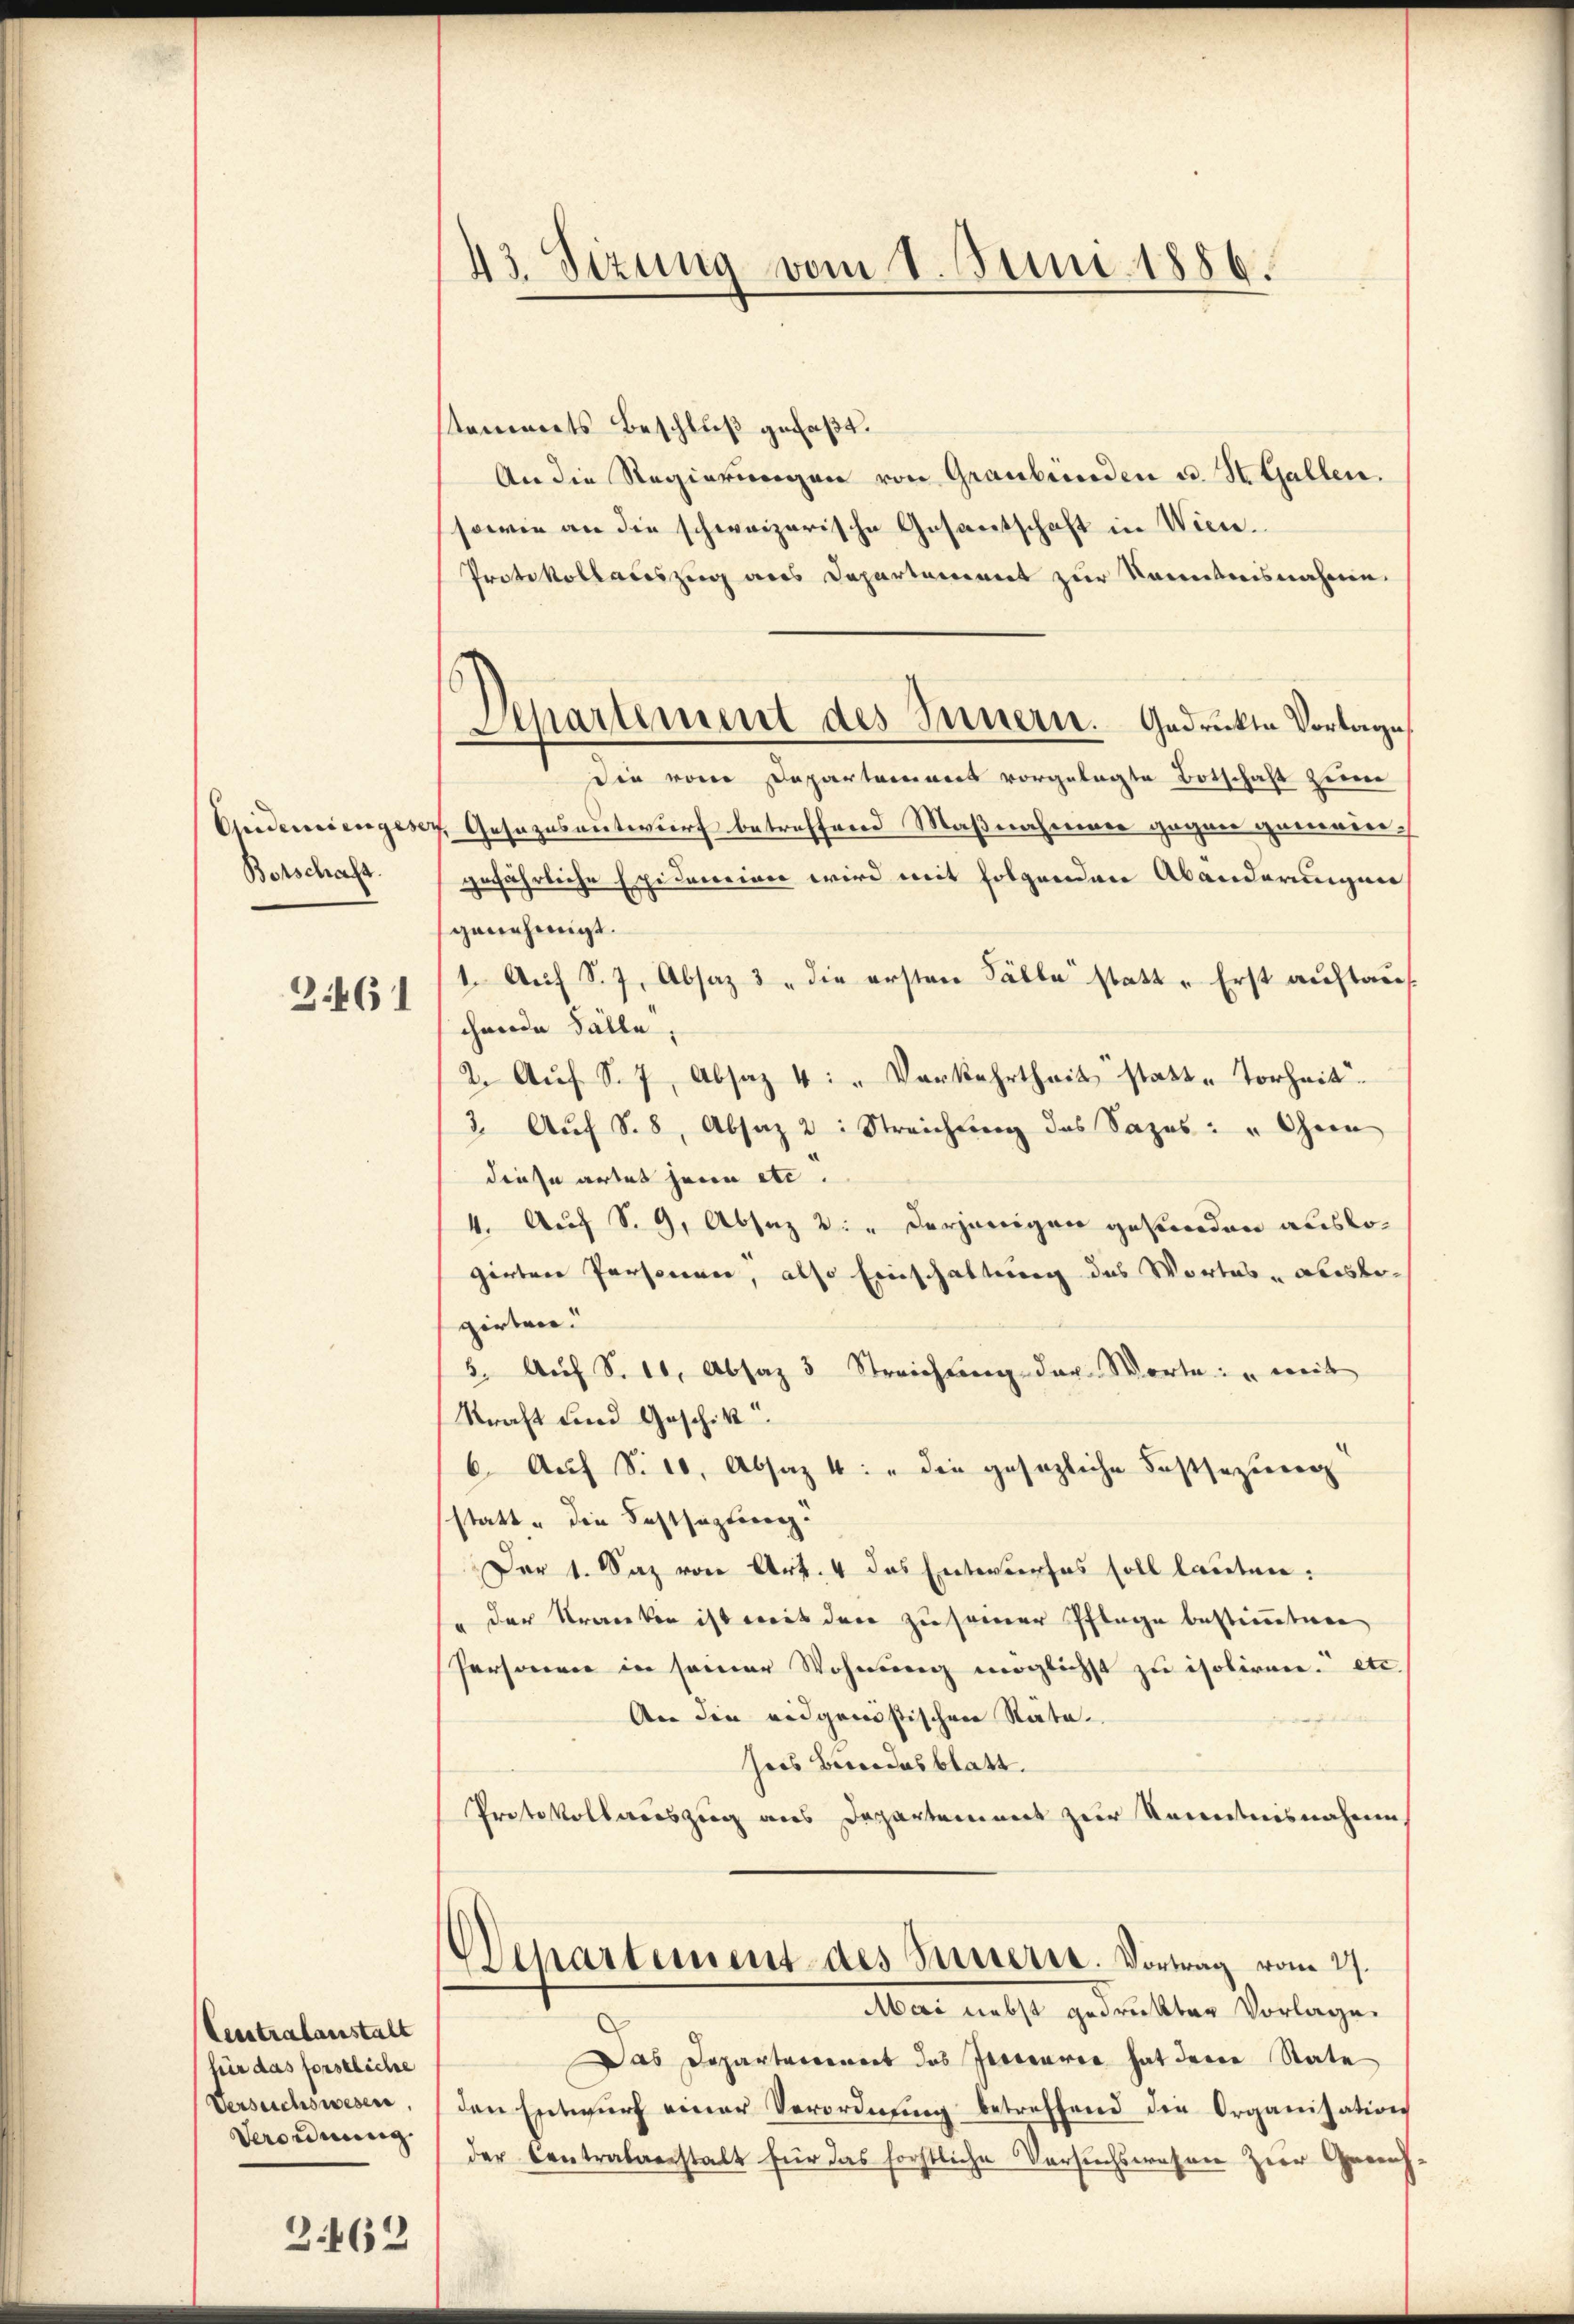
Botschaft.
3.461

Cesstralanstalt
für das forstliche
Verordnung

3462

43. Sizung vom 8. Juni 1886.

Separtement des Innern. Gedruckte Vortage

stammets Beschluß gefaßt.
An die Regierungen von Graubünden u. St. Gallen.
sowie an die schweizerische Gesantschaft in Wien.
Protokollaceszug aus Departement zur Kenntnisnahme.
Die vom Departement vorgelegte Botschaft zum
Quideriengesez, Gesezesentwurf betreffend Maßnaheimer gegen generen-
gefährliche Epidemeine wird mit folgenden Abänderungen
genehmigt.
1. Auf S. 7, Absaz 3 " die ersten Fälle statt - Erst auftausschende Fälle,
2. Aŭf S. 7, Absaz 4: " Verkehrtheit statte Torheit
3. Aŭf S. 8, Absaz 2: Streichŭng des Sazes: " Chemn
diese artet heien etc.
4. Auf S. 9, Absaz 2: " derjenigen gesunden auslogirten Personen, also Einschaltung des Wortes - Abosbogirten.
5. Aŭf S. 10. Absaz 3 Streichung der Worte: "weit
Straft und Geschik
6. Auf S. 10, Absaz 4: " die gesezliche Festsezung
statt die Festsezteren.
Der 1. Saz von Art. 4 das Entwurfes soll lauten:
der Stranken ist mit der zusamer Pflage bestimmten
Personen in seiner Wohnung möglichst zu isoliren. etc.
An die eidganistischen Räte
sors Berendesblatt.
Protokollauszug aus Departement zur Kenntnisnahme
Departement des Passeret. Vortrag vom 27.
Aber nebst gedruckter Vorlage.
Das Dopartareinert das Gerecaria hat dene State
Versuchswesen, den Entwŭrf einer Verordnŭng betreffend die Organisation
der Centralverstalt für das forstliche Versuchswahnen zur Gerich¬